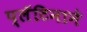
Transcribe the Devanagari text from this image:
प्लॅटिनाने